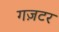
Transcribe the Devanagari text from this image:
गज़टर